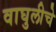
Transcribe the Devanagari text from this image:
वाघुलीचे